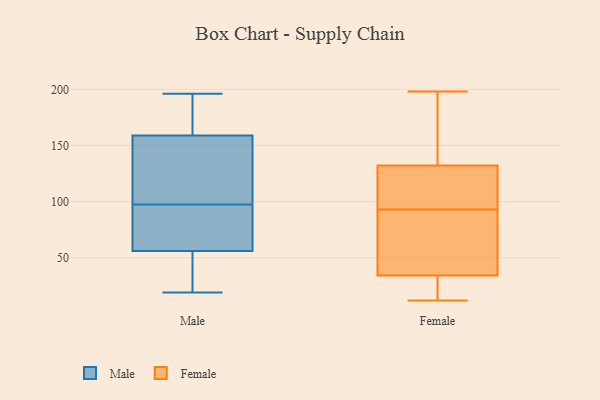
{"axis": {"x": "Website Visitors", "y": "Value"}, "legend": ["Female", "Male"], "data": [{"x": "", "y": 134, "type": "Male"}, {"x": "", "y": 195, "type": "Male"}, {"x": "", "y": 19, "type": "Male"}, {"x": "", "y": 89, "type": "Male"}, {"x": "", "y": 56, "type": "Male"}, {"x": "", "y": 37, "type": "Male"}, {"x": "", "y": 25, "type": "Male"}, {"x": "", "y": 76, "type": "Male"}, {"x": "", "y": 159, "type": "Male"}, {"x": "", "y": 192, "type": "Male"}, {"x": "", "y": 106, "type": "Male"}, {"x": "", "y": 149, "type": "Male"}, {"x": "", "y": 76, "type": "Male"}, {"x": "", "y": 196, "type": "Male"}, {"x": "", "y": 12, "type": "Female"}, {"x": "", "y": 27, "type": "Female"}, {"x": "", "y": 104, "type": "Female"}, {"x": "", "y": 108, "type": "Female"}, {"x": "", "y": 93, "type": "Female"}, {"x": "", "y": 56, "type": "Female"}, {"x": "", "y": 146, "type": "Female"}, {"x": "", "y": 198, "type": "Female"}, {"x": "", "y": 88, "type": "Female"}, {"x": "", "y": 134, "type": "Female"}, {"x": "", "y": 25, "type": "Female"}, {"x": "", "y": 91, "type": "Female"}, {"x": "", "y": 192, "type": "Female"}, {"x": "", "y": 12, "type": "Female"}, {"x": "", "y": 127, "type": "Female"}]}